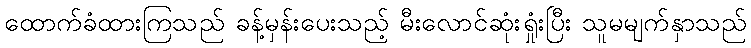
ထောက်ခံထားကြသည် ခန့်မှန်းပေးသည့် မီးလောင်ဆုံးရှုံးပြီး သူမမျက်နှာသည်